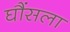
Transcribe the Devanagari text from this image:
घौंसला